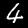
Digit: 4